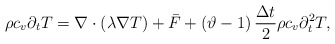
\begin{align*}\rho {c_v}{\partial _{{t}}}T = \nabla \cdot \left( {\lambda \nabla T} \right) + {\bar F} + \left( { \vartheta -1 } \right)\frac{{\Delta t}}{2}\rho {c_v}\partial _{{t}}^2T ,\end{align*}